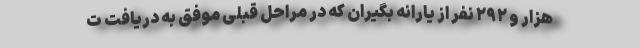
هزار و ۲۹۲ نفر از یارانه بگیران که در مراحل قبلی موفق به دریافت ت